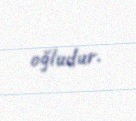
oğludur.